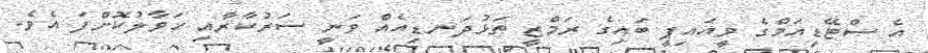
އެ ސްޓޭޑިއަމްގެ ވީއައިޕީ ބައިގެ ރަމްޒީ ތަޅުދަނޑިއެއް ވަނީ ސަރުކާރާއި ހަވާލުކޮށްފަ އެވެ.